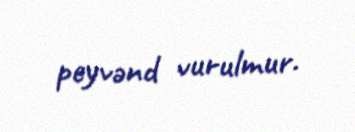
peyvənd vurulmur.